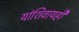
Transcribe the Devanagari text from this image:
यांशिवायही